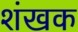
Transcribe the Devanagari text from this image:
शंखक